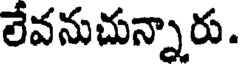
లేవనుచున్నారు.